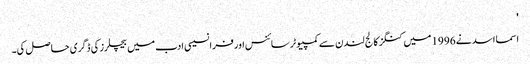
'
اسما اسد نے 1996 میں کنگز کالج لندن سے کمپیوٹر سائنس اور فرانسیسی ادب میں بیچلرز کی ڈگری حاصل کی۔